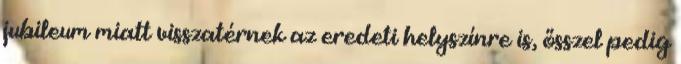
jubileum miatt visszatérnek az eredeti helyszínre is, ősszel pedig